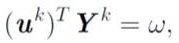
$\left(\boldsymbol{u}^{k}\right)^{T} \boldsymbol{Y}^{k}=\omega,$